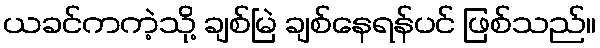
ယခင်ကကဲ့သို့ ချစ်မြဲ ချစ်နေရန်ပင် ဖြစ်သည်။